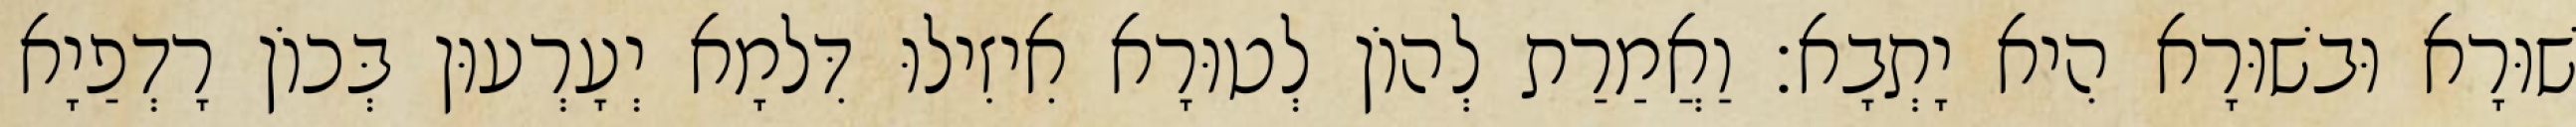
שׁוּרָא וּבשׁוּרָא הִיא יָתְבָא׃ וַאֲמַרַת לְהוֹן לְטוּרָא אִיזִילוּ דִּלמָא יְעָרְעוּן בְּכוֹן רָדְפַיָא